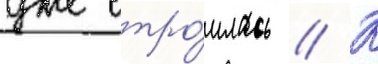
уже стро́илась // К